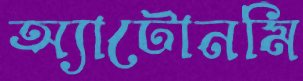
অ্যাটোনমি